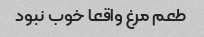
طعم مرغ واقعا خوب نبود